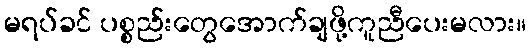
မရပ်ခင် ပစ္စည်းတွေအောက်ချဖို့ကူညီပေးမလား။